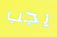
يجب